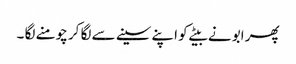
پھر ابو نے بیٹے کو اپنے سینے سے لگا کر چومنے لگا ۔